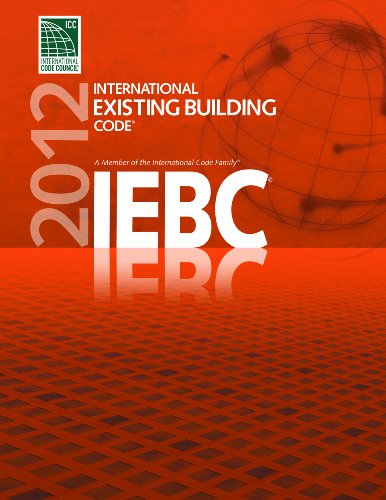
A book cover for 2012 International Existing Building Code (International Code Council Series); International Code Council; Law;